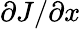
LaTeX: \partial J/\partial x